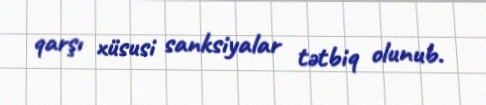
qarşı xüsusi sanksiyalar tətbiq olunub.